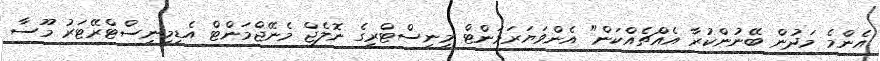
އެންމެ މަދުން ބޭނުންކުރާ އެއްޗެއްކަން" އެންވަޔަރަމަންޓް މިނިސްޓްރީގެ ނޮލެޖް މެނޭޖްމަންޓް އެޑިމިނިސްޓްރޭޓަރު މޫސާ